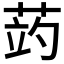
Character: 𦲂